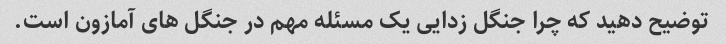
توضیح دهید که چرا جنگل زدایی یک مسئله مهم در جنگل های آمازون است.